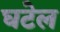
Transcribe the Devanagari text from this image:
घटेल